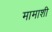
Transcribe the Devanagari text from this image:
मामाशी